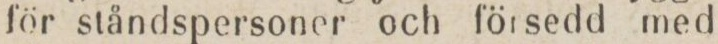
för ståndspersoner och försedd med